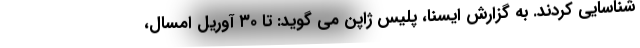
شناسایی کردند. به گزارش ایسنا، پلیس ژاپن می گوید: تا ۳۰ آوریل امسال،